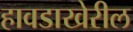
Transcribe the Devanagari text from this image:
हावडाखेरील